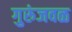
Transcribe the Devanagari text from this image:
गुरुंजवळ